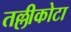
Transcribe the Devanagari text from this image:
तल्लीकोटा